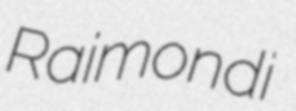
Raimondi